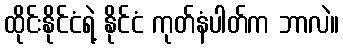
ထိုင်းနိုင်ငံရဲ့ နိုင်ငံ ကုတ်နံပါတ်က ဘာလဲ။